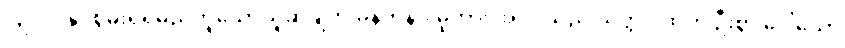
ပြုလုပ်နိုင်စွမ်းရှိရမည်ဟူသောယူဆချက် မှန်ကန်ပါမူကား အပင်သည် သတ္တဝါထက် ဦးစွာ ပေါ်သော